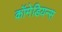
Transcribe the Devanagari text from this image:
कॉमेडियन्स